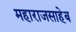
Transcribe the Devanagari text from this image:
महाराजसाहेब